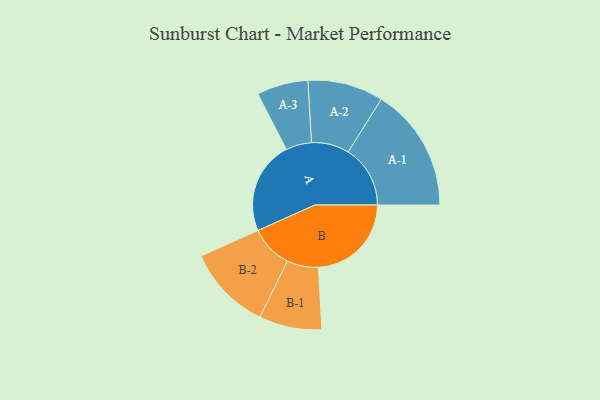
{"axis": {"x": "Segment", "y": "Value"}, "legend": ["", "A", "B"], "data": [{"x": "A", "y": 391, "type": ""}, {"x": "B", "y": 391, "type": ""}, {"x": "A-1", "y": 261, "type": "A"}, {"x": "A-2", "y": 159, "type": "A"}, {"x": "A-3", "y": 108, "type": "A"}, {"x": "B-1", "y": 132, "type": "B"}, {"x": "B-2", "y": 179, "type": "B"}]}